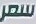
سعر